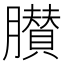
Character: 𦢤